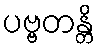
ပဗ္ဗတန္တိ